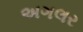
અગલર